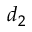
d _ { 2 }